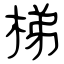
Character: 梯